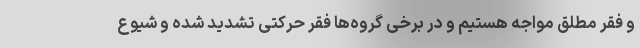
و فقر مطلق مواجه هستیم و در برخی گروه‌ها فقر حرکتی تشدید شده و شیوع